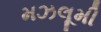
મઝલૂમી